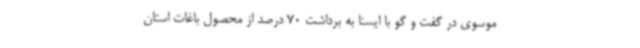
موسوی در گفت و گو با ایسنا به برداشت 70 درصد از محصول باغات استان